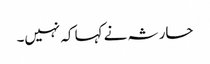
حارثہ نے کہا کہ نہیں۔